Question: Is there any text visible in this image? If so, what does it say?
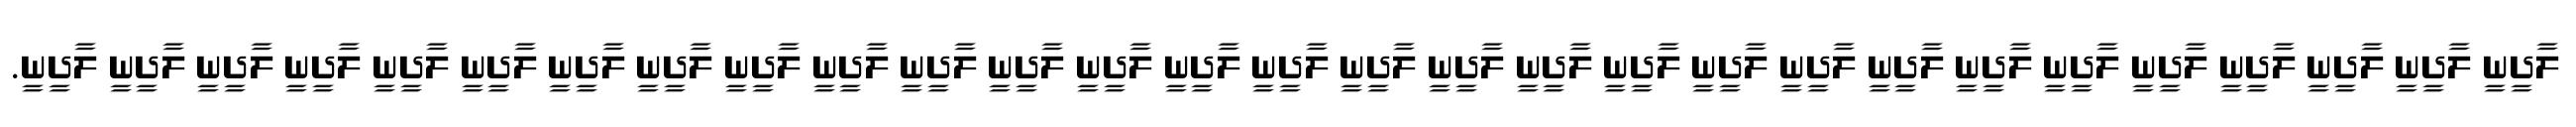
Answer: ލާދީނީ ލާދީނީ ލާދީނީ ލާދީނީ ލާދީނީ ލާދީނީ ލާދީނީ ލާދީނީ ލާދީނީ ލާދީނީ ލާދީނީ ލާދީނީ ލާދީނީ ލާދީނީ ލާދީނީ ލާދީނީ ލާދީނީ ލާދީނީ ލާދީނީ ލާދީނީ ލާދީނީ ލާދީނީ ލާދީނީ ލާދީނީ ލާދީނީ ލާދީނީ ލާދީނީ ލާދީނީ ލާދީނީ.